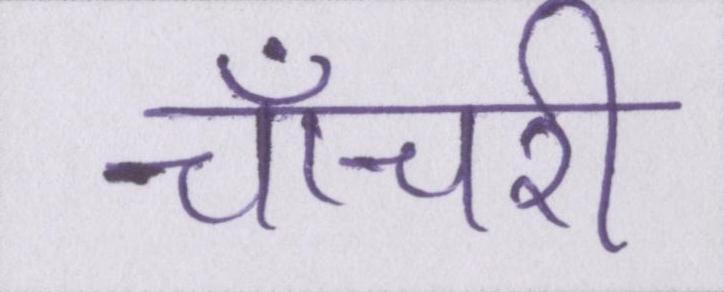
चाँचरी